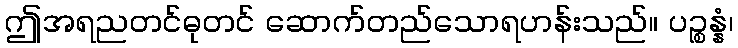
ဤအရညတင်ဓုတင် ဆောက်တည်သောရဟန်းသည်။ ပဉ္စန္နံ၊